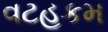
વટહૂકમ